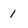
Character: 1